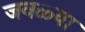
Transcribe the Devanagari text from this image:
जवळ्या